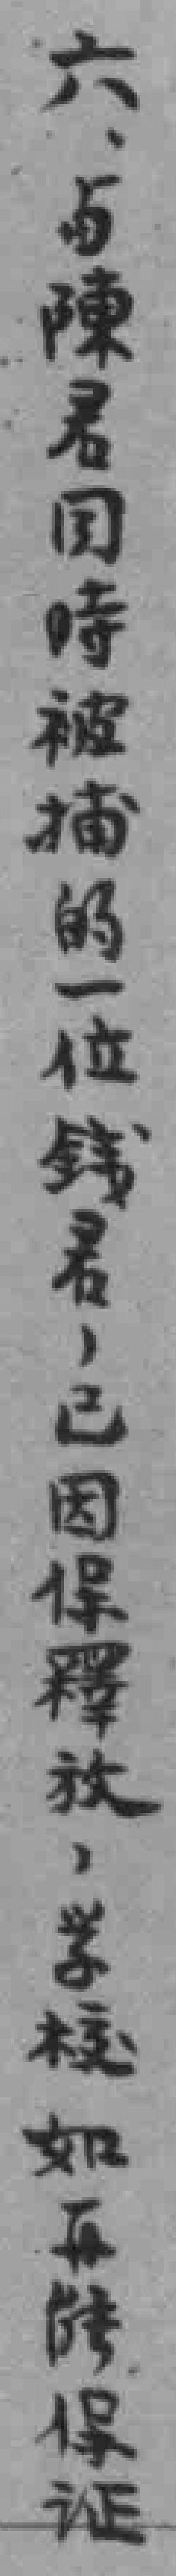
六、与陳君同時被捕的一位錢君，已因保釋放，学校如再能保证